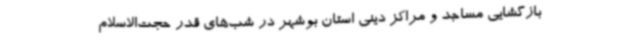
بازگشایی مساجد و مراکز دینی استان بوشهر در شب‌های قدر حجت‌الاسلام